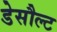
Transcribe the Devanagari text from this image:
डेसौल्ट